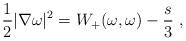
LaTeX: \begin{align*}\frac{1}{2} |\nabla \omega |^2 = W_+(\omega , \omega ) - \frac{s}{3} ~, \end{align*}